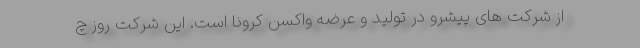
از شرکت های پیشرو در تولید و عرضه واکسن کرونا است. این شرکت روز چ